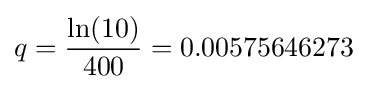
q={\frac {\ln(10)}{400}}=0.00575646273